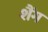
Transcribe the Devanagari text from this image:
शैंग